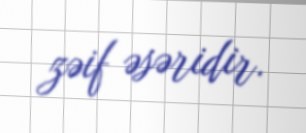
zəif əsəridir.